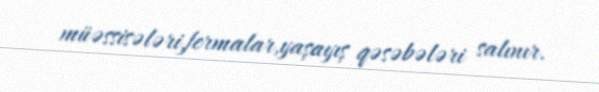
müəssisələri,fermalar,yaşayış qəsəbələri salınır.